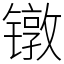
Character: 镦